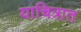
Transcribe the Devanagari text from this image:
याचित्रात